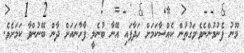
މޫނު ފެނުމުންނެވެ.ވަގުތުން ކެއްސާކަމަށް ހަދާފައި އޭނާ ބުނެލީ ފާހާނައަށް ދާން ބޭނުންވާ ކަމަށެެވެ.